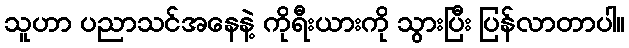
သူဟာ ပညာသင်အနေနဲ့ ကိုရီးယားကို သွားပြီး ပြန်လာတာပါ။